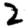
Digit: 2